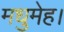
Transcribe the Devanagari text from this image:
मधुमेह।